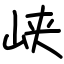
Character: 峡